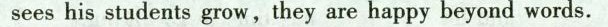
sees his students grow,they are happy beyond words.